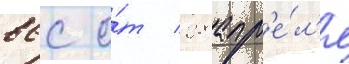
ввс о́т 28 апр'е́л'я